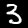
Digit: 3